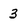
Character: 3